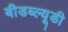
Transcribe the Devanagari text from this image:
बीडब्ल्यूडी